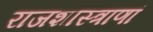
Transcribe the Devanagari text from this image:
राजशास्त्राणां